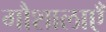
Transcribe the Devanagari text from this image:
गौशालाएँ